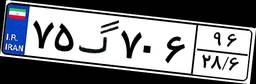
۷۵گ۷۰۶۹۶